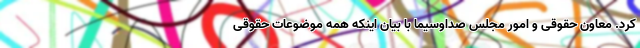
کرد. معاون حقوقی و امور مجلس صداوسیما با بیان اینکه همه موضوعات حقوقی